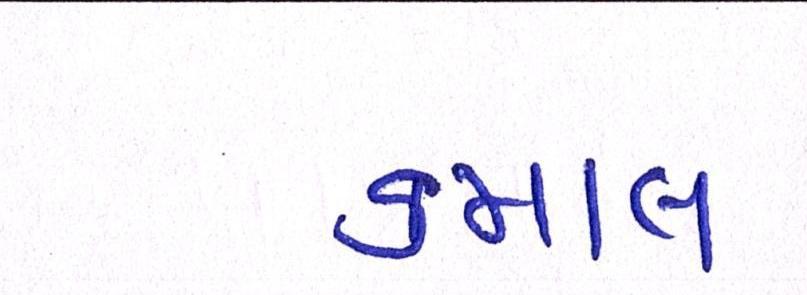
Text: કમાલ